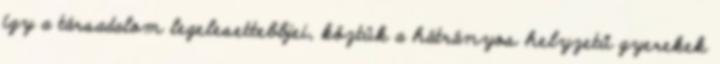
így a társadalom legelesettebbjei, köztük a hátrányos helyzetű gyerekek